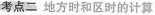
考点二 地方时和区时的计算